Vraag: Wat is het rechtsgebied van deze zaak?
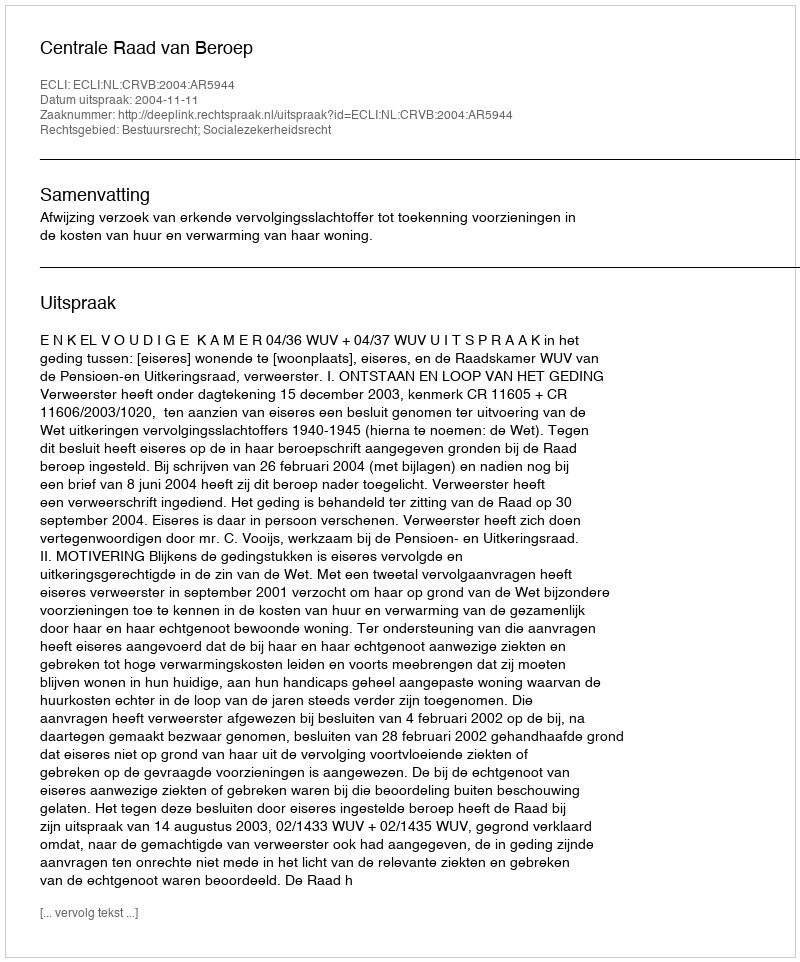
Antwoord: Bestuursrecht; Socialezekerheidsrecht